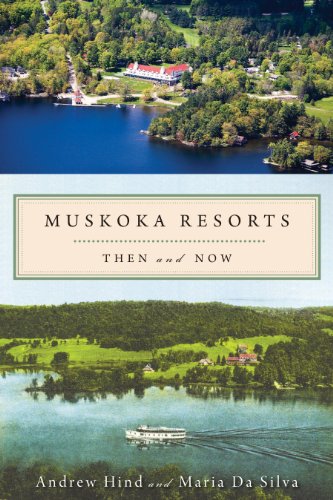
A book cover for Muskoka Resorts: Then and Now; Andrew Hind; Travel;